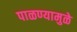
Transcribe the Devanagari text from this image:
पाळण्यामुळे